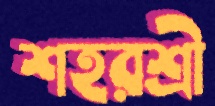
শহরশ্রী